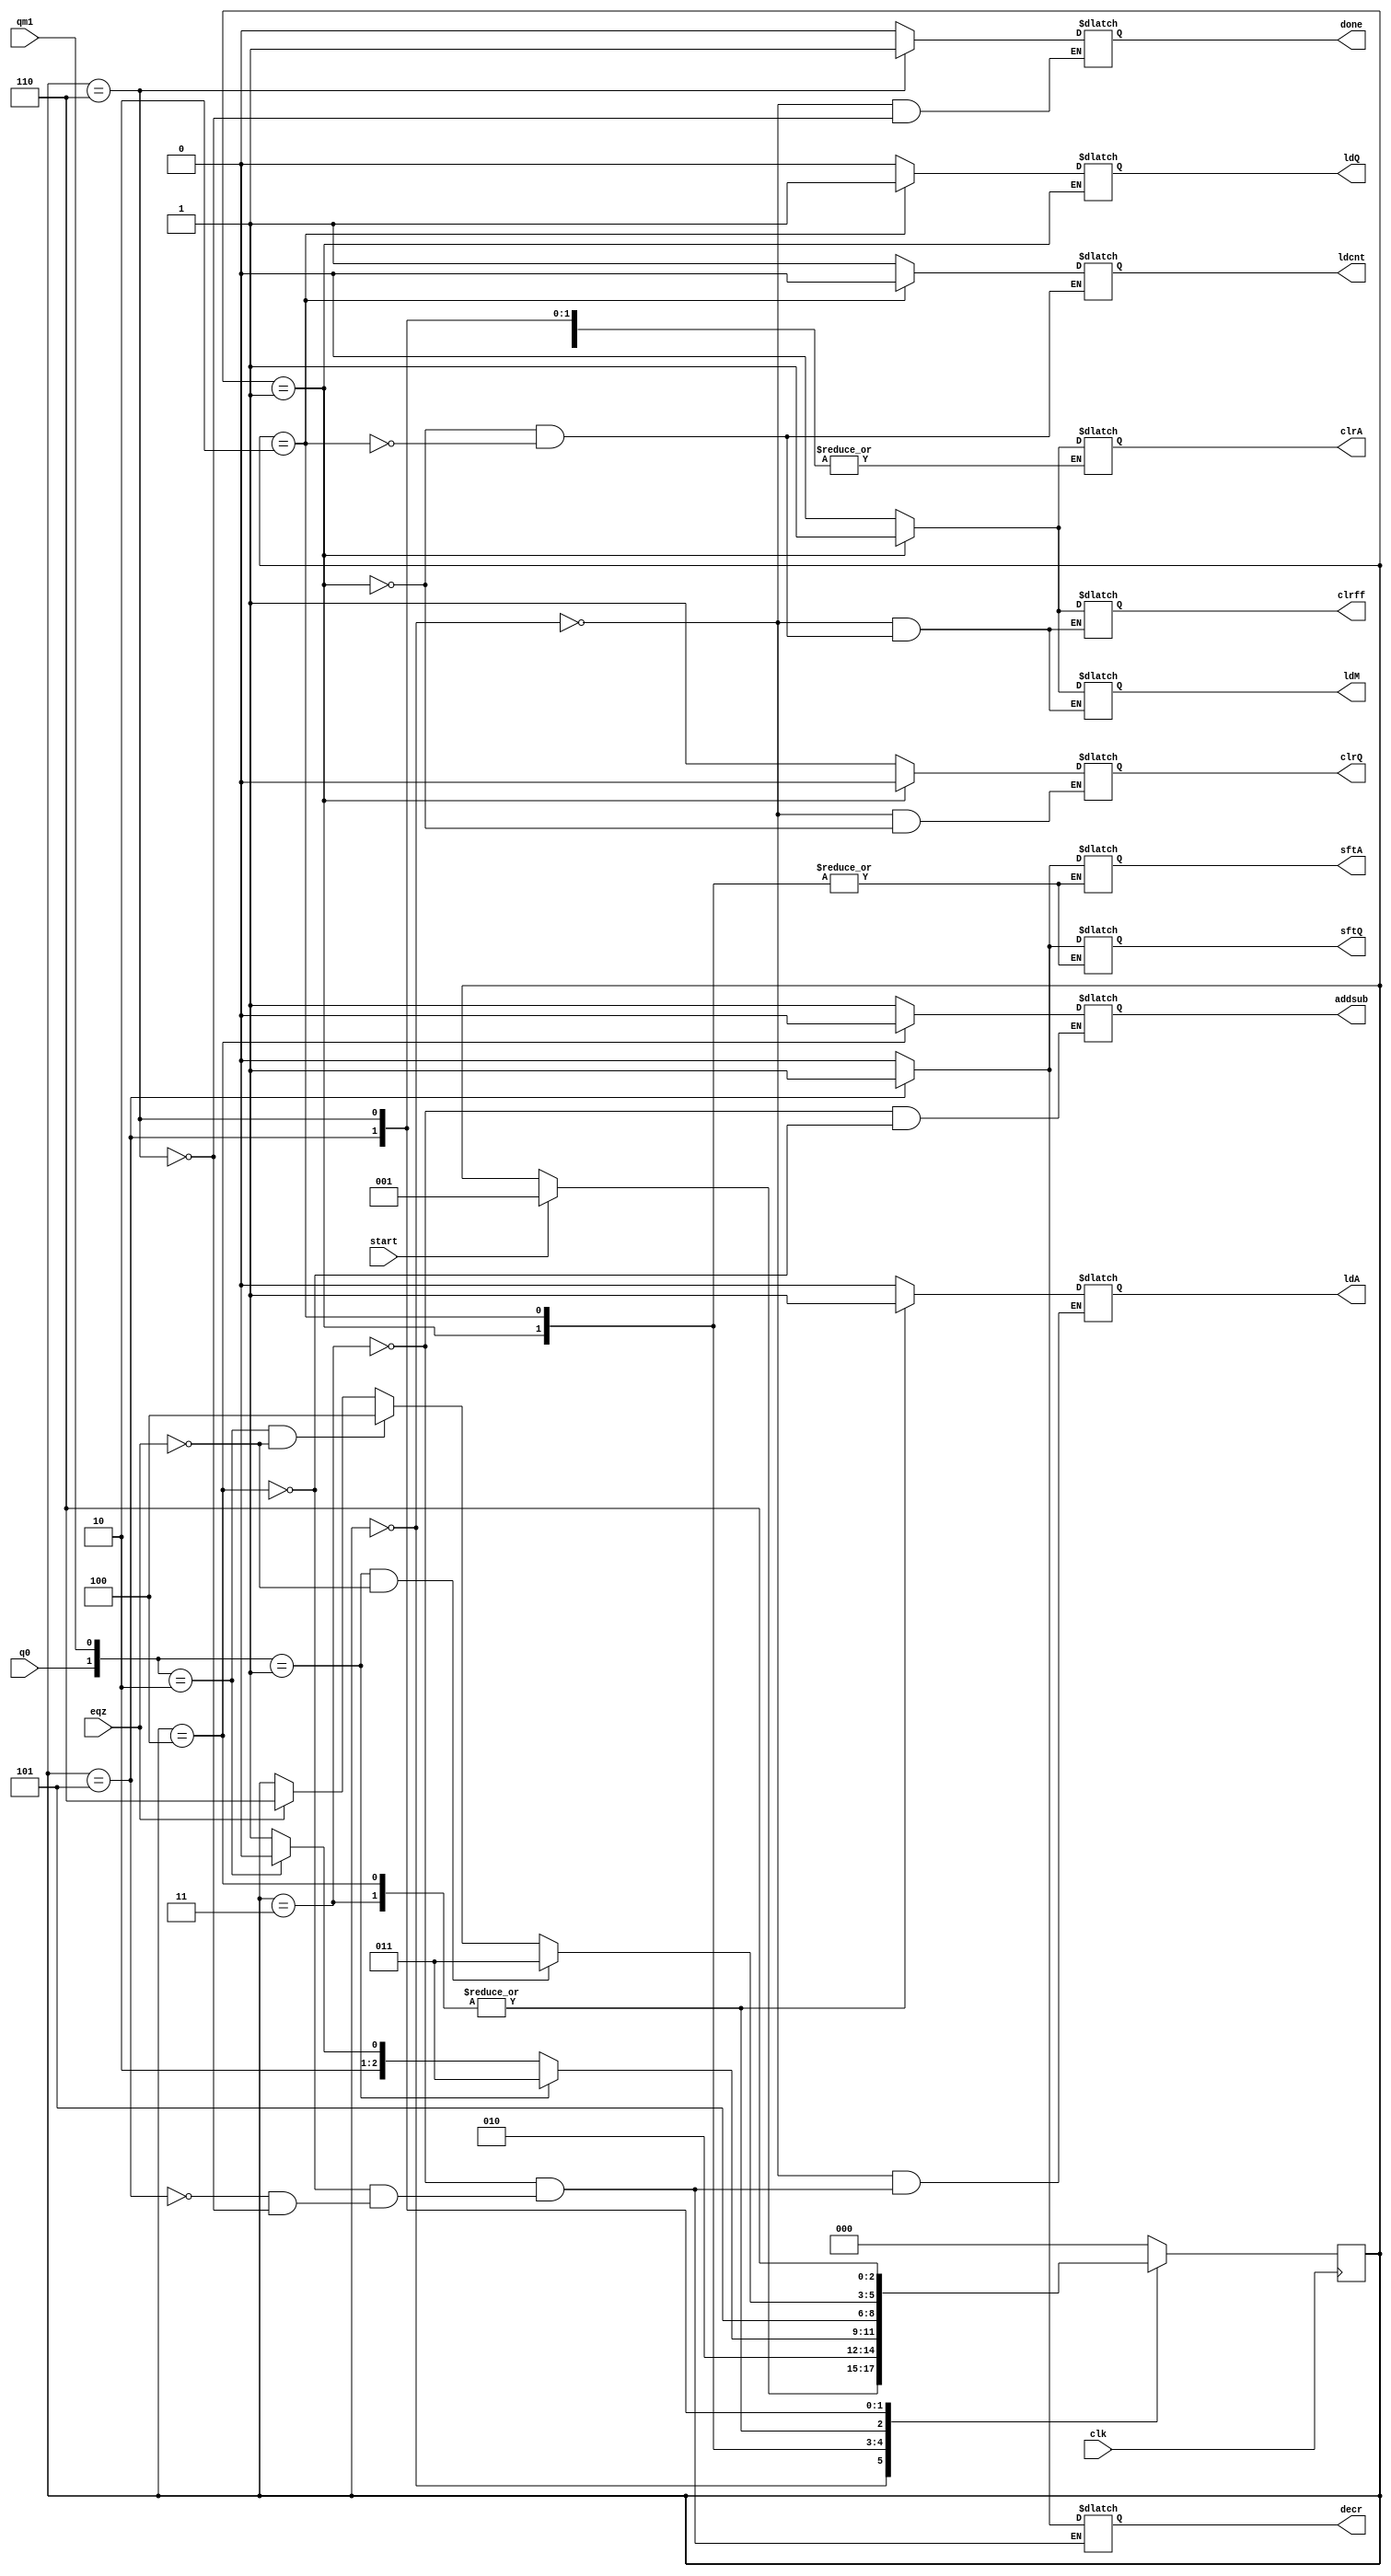
module booth_controller (output reg ldA, clrA, sftA, ldQ, clrQ, sftQ, ldM, clrff, addsub, decr, ldcnt, done, input clk, q0, qm1, eqz, start);

    reg [2:0] state;

    parameter S0 = 3'b000;
    parameter S1 = 3'b001;
    parameter S2 = 3'b010;
    parameter S3 = 3'b011;
    parameter S4 = 3'b100;
    parameter S5 = 3'b101;
    parameter S6 = 3'b110;

    always @(posedge clk) begin
        case (state) 
            S0: if (start) state <= S1;
            S1: state <= S2;
            S2: #2 begin 
                if ({q0, qm1} == 2'b01) 
                    state <= S3;
                else if ({q0, qm1} == 2'b10)
                    state <= S4;
                else
                    state <= S5;
            end
            S3: state <= S5;
            S4: state <= S5;
            S5: #2 begin 
                if (({q0,qm1}==2'b01) && !eqz) 
                    state <= S3;
                else if (({q0,qm1}==2'b10) && !eqz) 
                    state <= S4;
                else if (eqz) 
                    state <= S6;
            end
            S6: state <= S6;
            default: state <= S0;        
        endcase
    end

    always @(state) begin
        case (state)
            S0: begin 
                clrA = 0; ldA = 0; sftA = 0; clrQ = 1; ldQ = 0; sftQ = 0; ldM = 0; clrff = 0; done = 0; 
            end
            S1: begin 
                clrA = 1; clrff = 1; ldcnt = 1; ldM = 1; clrQ = 0;
            end
            S2: begin 
                clrA = 0; clrff = 0; ldcnt = 0; ldM = 0; ldQ = 1; 
            end
            S3: begin // sub A - M
                ldA = 1; addsub = 1; ldQ = 0; sftA = 0; sftQ = 0; decr = 0;
            end
            S4: begin // sub A + M
                ldA = 1; addsub = 0; ldQ = 0; sftA = 0; sftQ = 0; decr = 0; 
            end
            S5: begin 
                sftA = 1; sftQ = 1; ldA = 0; ldQ = 0; decr = 1; 
            end
            S6: begin // this line changed
                done = 1; sftA = 0; sftQ = 0; ldA = 0; ldQ = 0; decr = 0;
            end
            default: begin 
                clrA = 0; sftA = 0; ldQ = 0; sftQ = 0; 
            end
        endcase
    end

endmodule